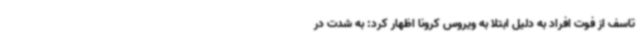
تاسف از فوت افراد به دلیل ابتلا به ویروس کرونا اظهار کرد: به شدت در